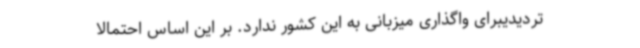
تردیدیبرای واگذاری میزبانی به این کشور ندارد. بر این اساس احتمالا